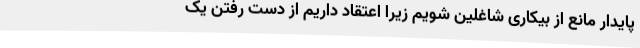
پایدار مانع از بیکاری شاغلین شویم زیرا اعتقاد داریم از دست رفتن یک